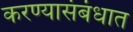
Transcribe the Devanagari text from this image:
करण्यासंबंधात